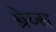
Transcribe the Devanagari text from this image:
ग्रेय्स